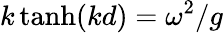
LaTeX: k\operatorname{tanh}(kd)=\omega^{2}/g